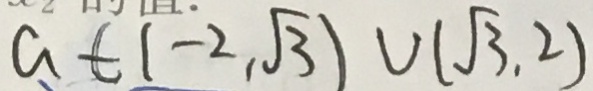
a \in ( - 2 , \sqrt { 3 } ) V ( \sqrt { 3 } , 2 )